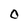
Character: O